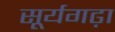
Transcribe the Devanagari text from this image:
सूर्यगढ़ा